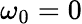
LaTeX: \omega_{0}=0